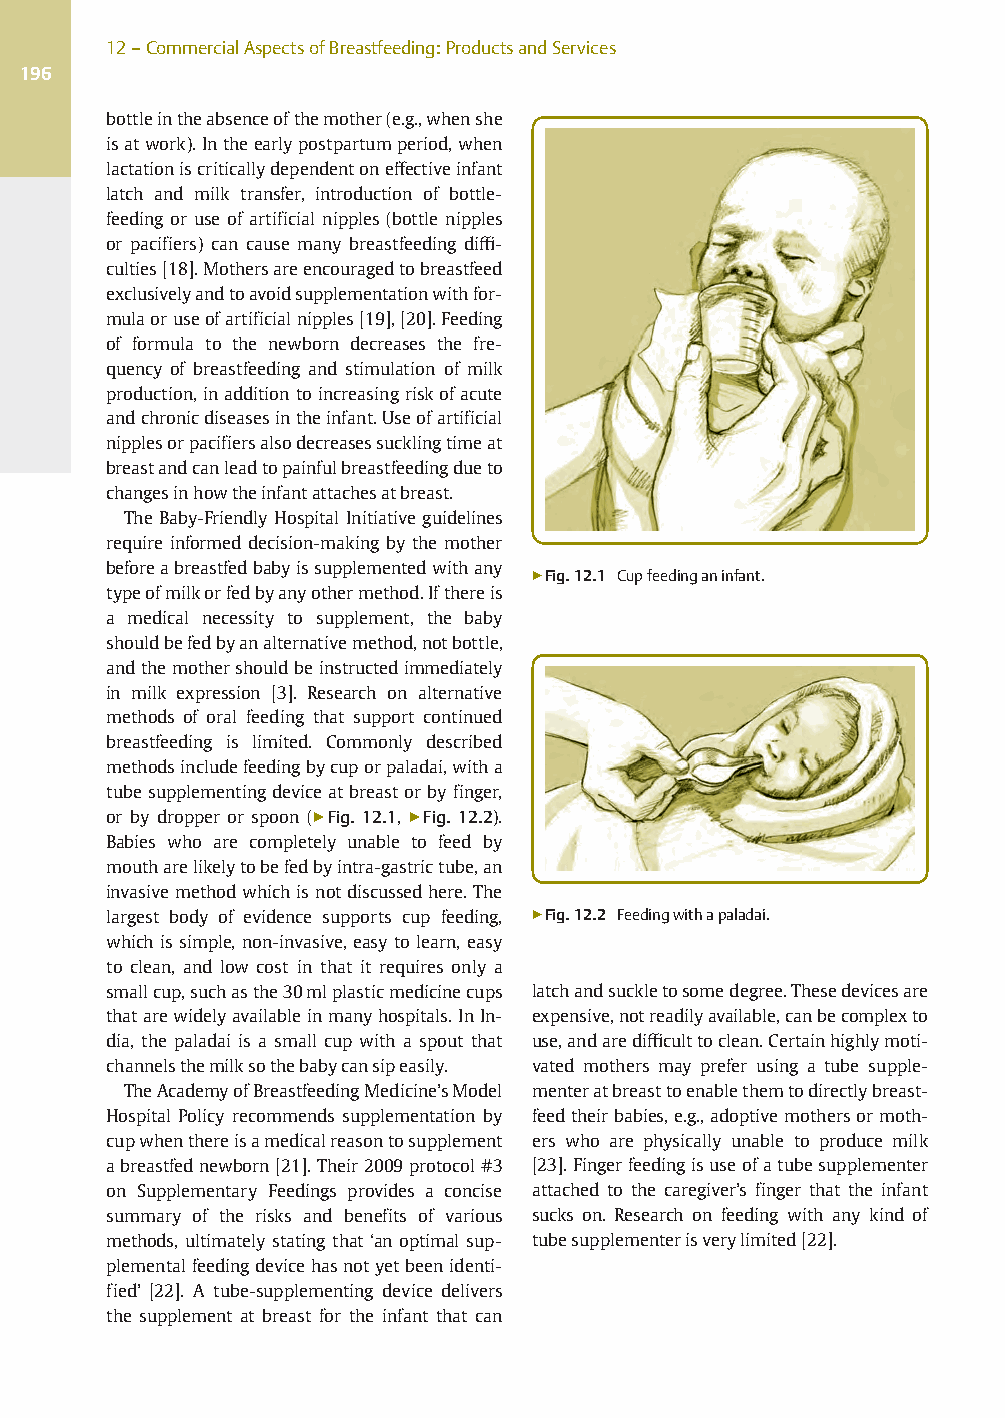
12–CommercialAspectsofBreastfeeding:ProductsandServices
 196
 bottleintheabsenceofthemother(e.g.,whenshe
 isatwork).Intheearlypostpartumperiod,when
 lactationiscriticallydependentoneffectiveinfant
 latch and milk transfer, introduction of bottle-
 feeding or use of artificial nipples (bottle nipples
 or pacifiers) can cause many breastfeeding diffi-
 culties[18].Mothersareencouragedtobreastfeed
 exclusivelyandtoavoidsupplementationwithfor-
 mulaoruseofartificialnipples[19],[20].Feeding
 of formula to the newborn decreases the fre-
 quency of breastfeeding and stimulation of milk
 production,inadditiontoincreasingriskofacute
 andchronicdiseasesintheinfant.Useofartificial
 nipplesorpacifiersalsodecreasessucklingtimeat
 breastandcanleadtopainfulbreastfeedingdueto
 changesinhowtheinfantattachesatbreast.
 The Baby-Friendly Hospital Initiative guidelines
 require informed decision-making by the mother
 beforeabreastfedbabyissupplementedwithany ▶Fig.12.1 Cupfeedinganinfant.
 typeofmilkorfedbyanyothermethod.Ifthereis
 a medical necessity to supplement, the baby
 shouldbefedbyanalternativemethod,notbottle,
 andthemothershouldbeinstructedimmediately
 in milk expression [3]. Research on alternative
 methods of oral feeding that support continued
 breastfeeding is limited. Commonly described
 methodsincludefeedingbycuporpaladai,witha
 tubesupplementingdeviceatbreastorbyfinger,
 or by dropper or spoon (▶Fig. 12.1, ▶Fig. 12.2).
 Babies who are completely unable to feed by
 moutharelikelytobefedbyintra-gastrictube,an
 invasivemethodwhichisnotdiscussedhere.The
 largest body of evidence supports cup feeding, ▶Fig.12.2 Feedingwithapaladai.
 which is simple, non-invasive,easy to learn, easy
 to clean, and low cost in that it requires only a
 smallcup,suchasthe30mlplasticmedicinecups latchandsuckletosomedegree.Thesedevicesare
 thatarewidelyavailableinmanyhospitals.InIn- expensive,notreadilyavailable,canbecomplexto
 dia, the paladai is a small cup with a spout that use,andaredifficulttoclean.Certainhighlymoti-
 channelsthemilksothebabycansipeasily. vated mothers may prefer using a tube supple-
 TheAcademyofBreastfeedingMedicine’sModel menteratbreasttoenablethemtodirectlybreast-
 Hospital Policy recommends supplementation by feedtheirbabies,e.g.,adoptivemothersormoth-
 cupwhenthereisamedicalreasontosupplement ers who are physically unable to produce milk
 abreastfednewborn[21].Their2009protocol#3 [23].Fingerfeedingisuseofatubesupplementer
 on Supplementary Feedings provides a concise attached to the caregiver’s finger that the infant
 summary of the risks and benefits of various sucks on. Research on feeding with any kind of
 methods, ultimately stating that ‘an optimal sup- tubesupplementerisverylimited[22].
 plementalfeedingdevicehasnotyetbeenidenti-
 fied’ [22]. A tube-supplementing device delivers
 the supplement at breast for the infant that can